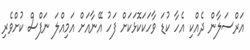
އަރްސަލާން ދެއްކި އެހާ ކުޑަ ވާހަކަކޮޅަކަށް ފަހު އޭނާއަށް އަމިއްލަ ނަފްސް ކުށްވެރި